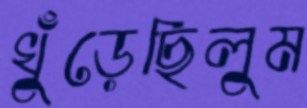
খুঁড়েছিলুম